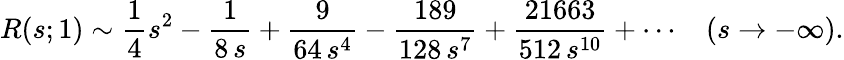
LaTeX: R(s;1)\sim{\frac{1}{4}}s^{2}-{\frac{1}{8\, s}}+{\frac{9}{64\, s^{4}}}-{\frac{189}{128\, s^{7}}}+{\frac{21663}{512\, s^{10}}}+\cdots\, \ \ \ (s\rightarrow-\infty).